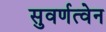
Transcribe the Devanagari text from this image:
सुवर्णत्वेन